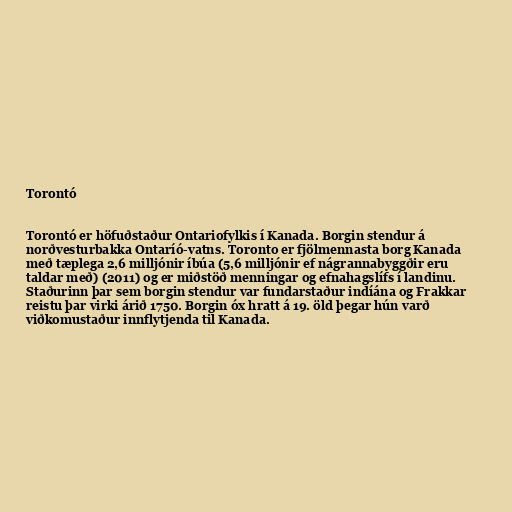
Torontó

Torontó er höfuðstaður Ontariofylkis í Kanada. Borgin stendur á
norðvesturbakka Ontaríó-vatns. Toronto er fjölmennasta borg Kanada
með tæplega 2,6 milljónir íbúa (5,6 milljónir ef nágrannabyggðir eru
taldar með) (2011) og er miðstöð menningar og efnahagslífs í landinu.
Staðurinn þar sem borgin stendur var fundarstaður indíána og Frakkar
reistu þar virki árið 1750. Borgin óx hratt á 19. öld þegar hún varð
viðkomustaður innflytjenda til Kanada.